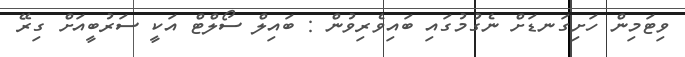
ވިޓަމިން ހަށިގަނޑަށް ނެގުމުގައި ބައިވެރިވުން : ބައިލް ސޯލްޓް އަކީ ސަރުބީއަށް ގިރޭ